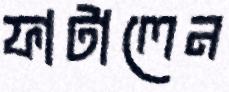
ফাটালেন